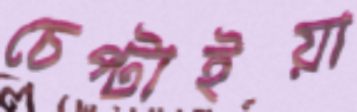
চেপ্‌টাইয়া